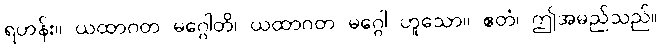
ရဟန်း။ ယထာဂတ မဂ္ဂေါတိ၊ ယထာဂတ မဂ္ဂေါ ဟူသော။ ဧတံ၊ ဤအမည်သည်။